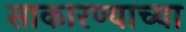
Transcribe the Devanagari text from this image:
साकारण्याच्या